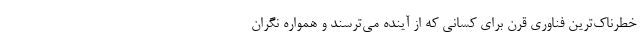
خطرناک‌ترین فناوری قرن برای کسانی که از آینده می‌ترسند و همواره نگران